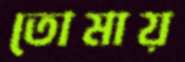
তোমায়